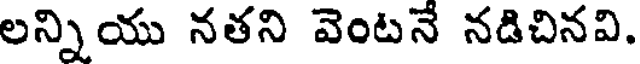
లన్నియు నతని వెంటనే నడిచినవి.